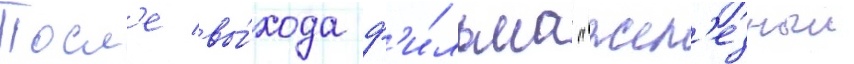
Посл'е вы́хода ф'и́льма "жел'езныи